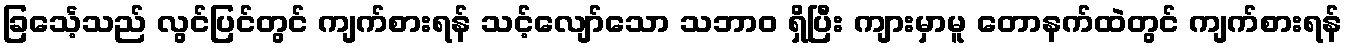
ခြင်္သေ့သည် လွင်ပြင်တွင် ကျက်စားရန် သင့်လျော်သော သဘာဝ ရှိပြီး ကျားမှာမူ တောနက်ထဲတွင် ကျက်စားရန်